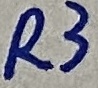
Text: R3